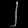
Digit: ၂